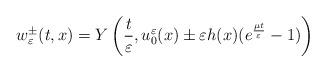
LaTeX: \begin{align*}w_\varepsilon ^\pm (t,x) = Y \left( \frac{t}{\varepsilon} , u_0 ^\varepsilon (x) \pm \varepsilon h(x) (e^\frac{\mu t}{\varepsilon }-1 ) \right) \end{align*}